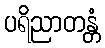
ပရိညာတန္တံ